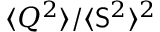
\ensuremath { \langle Q ^ { 2 } \rangle } / \ensuremath { \langle \mathsf { S } ^ { 2 } \rangle } ^ { 2 }